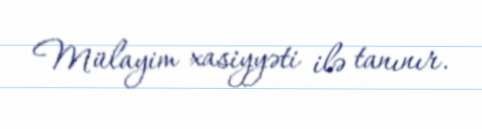
Mülayim xasiyyəti ilə tanınır.